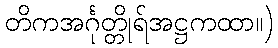
တိကအင်္ဂုတ္တိုရ်အဋ္ဌကထာ။)